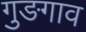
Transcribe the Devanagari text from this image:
गुङगाव